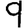
Digit: 9